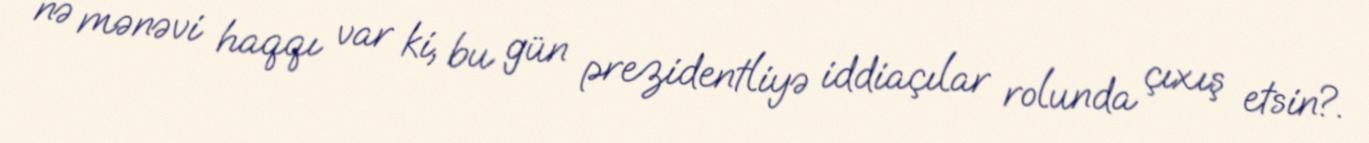
nə mənəvi haqqı var ki, bu gün prezidentliyə iddiaçılar rolunda çıxış etsin?.